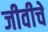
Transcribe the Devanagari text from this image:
जीवीचे